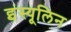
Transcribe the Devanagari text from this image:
इंस्यूलिन